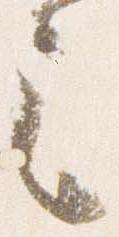
之